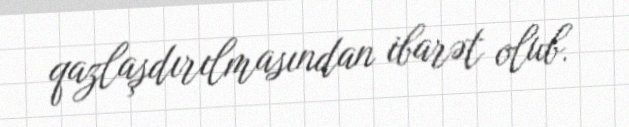
qazlaşdırılmasından ibarət olub.